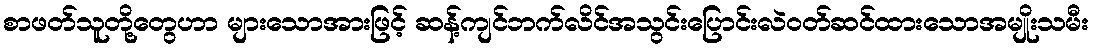
စာဖတ်သူတို့တွေဟာ များသောအားဖြင့် ဆန့်ကျင်ဘက်လိင်အသွင်းပြောင်းလဲဝတ်ဆင်ထားသောအမျိုးသမီး